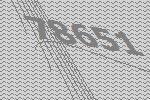
78651